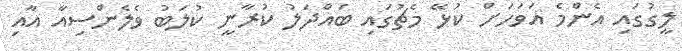
ލީީގުގައި އެންމެ އަވަހަށް ކުޅޭ މެޗުގައި ބައްދަލު ކުރާނީ ކުލަބު ވެލެންސިއާ އާއި